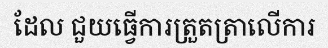
ដែល ជួយធ្វើការត្រួតត្រាលើការ